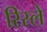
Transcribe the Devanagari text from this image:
रिस्ले